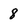
Character: 8